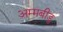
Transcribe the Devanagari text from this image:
अम्मबीडु